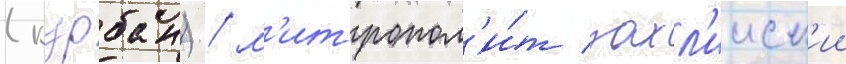
(курбан) / м'итропол'и́т захл'ииск'ии